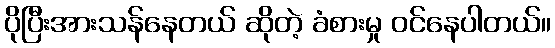
ပိုပြီးအားသန်နေတယ် ဆိုတဲ့ ခံစားမှု ဝင်နေပါတယ်။